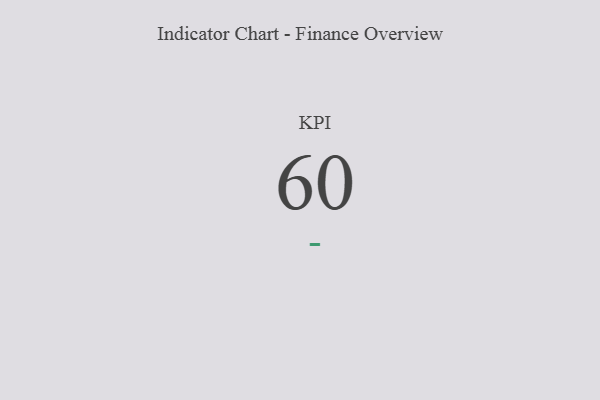
{"axis": {"x": "KPI", "y": "Value"}, "legend": [""], "data": [{"x": "KPI", "y": 60, "type": ""}]}